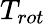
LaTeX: T_{rot}